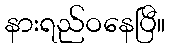
နားရည်ဝနေပြီ။